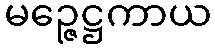
မဉ္ဇေဋ္ဌကာယ